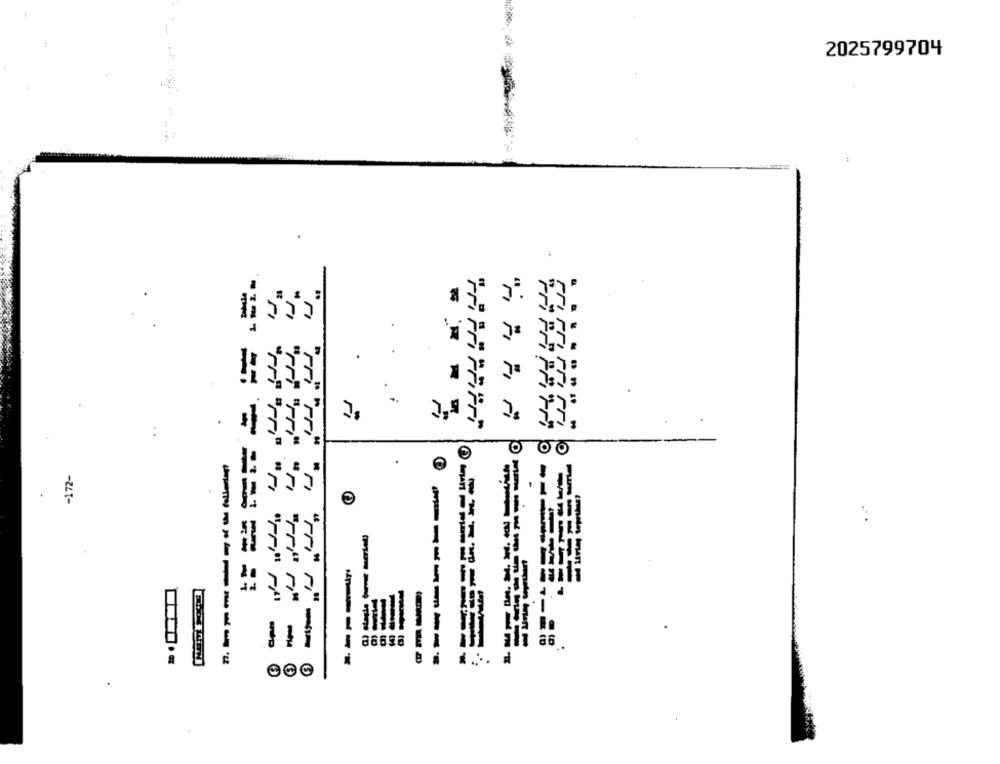
2025799704
33
Fri
"Fr"Fri"
O
OO
.
-172-
--
"Pr"rr" ."ri
------
--
Pr
"Tri" """
-----
1
----